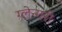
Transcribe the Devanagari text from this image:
ग्लेन्गरी